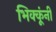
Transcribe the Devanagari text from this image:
भिक्कूंनी